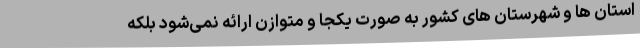
استان ها و شهرستان های کشور به صورت یکجا و متوازن ارائه نمی‌شود بلکه